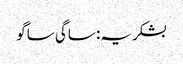
بشکریہ: ساگی ساگو